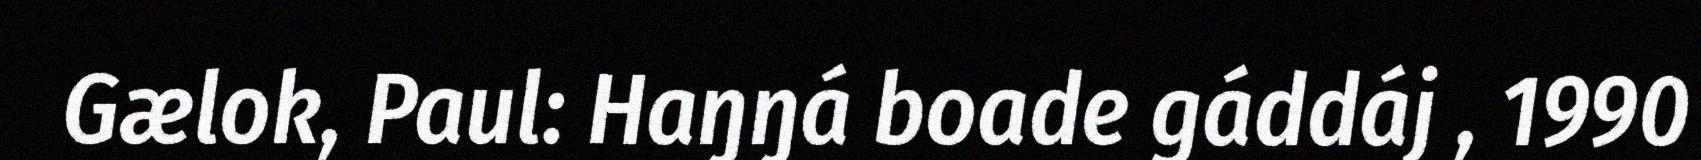
Gælok, Paul: Haŋŋá boade gáddáj , 1990